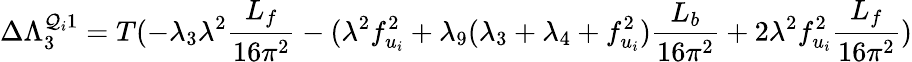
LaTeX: \Delta\Lambda_{3}^{\mathcal{Q}_{i}1}=T(-\lambda_{3}\lambda^{2}{\frac{{L_{f}}}{{16\pi^{2}}}}-(\lambda^{2}f_{u_{i}}^{2}+\lambda_{9}(\lambda_{3}+\lambda_{4}+f_{u_{i}}^{2}){\frac{{L_{b}}}{{16\pi^{2}}}}+2\lambda^{2}f_{u_{i}}^{2}{\frac{{L_{f}}}{{16\pi^{2}}}})